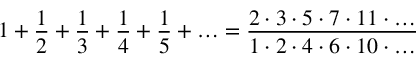
1 + { \frac { 1 } { 2 } } + { \frac { 1 } { 3 } } + { \frac { 1 } { 4 } } + { \frac { 1 } { 5 } } + \ldots = { \frac { 2 \cdot 3 \cdot 5 \cdot 7 \cdot 1 1 \cdot \ldots } { 1 \cdot 2 \cdot 4 \cdot 6 \cdot 1 0 \cdot \ldots } }